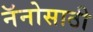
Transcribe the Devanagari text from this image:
नॅनोसाठी